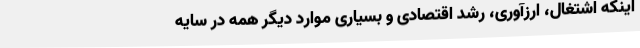
اینکه اشتغال، ارزآوری، رشد اقتصادی و بسیاری موارد دیگر همه در سایه